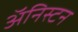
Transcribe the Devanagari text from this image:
अॅनिस्टन